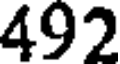
492